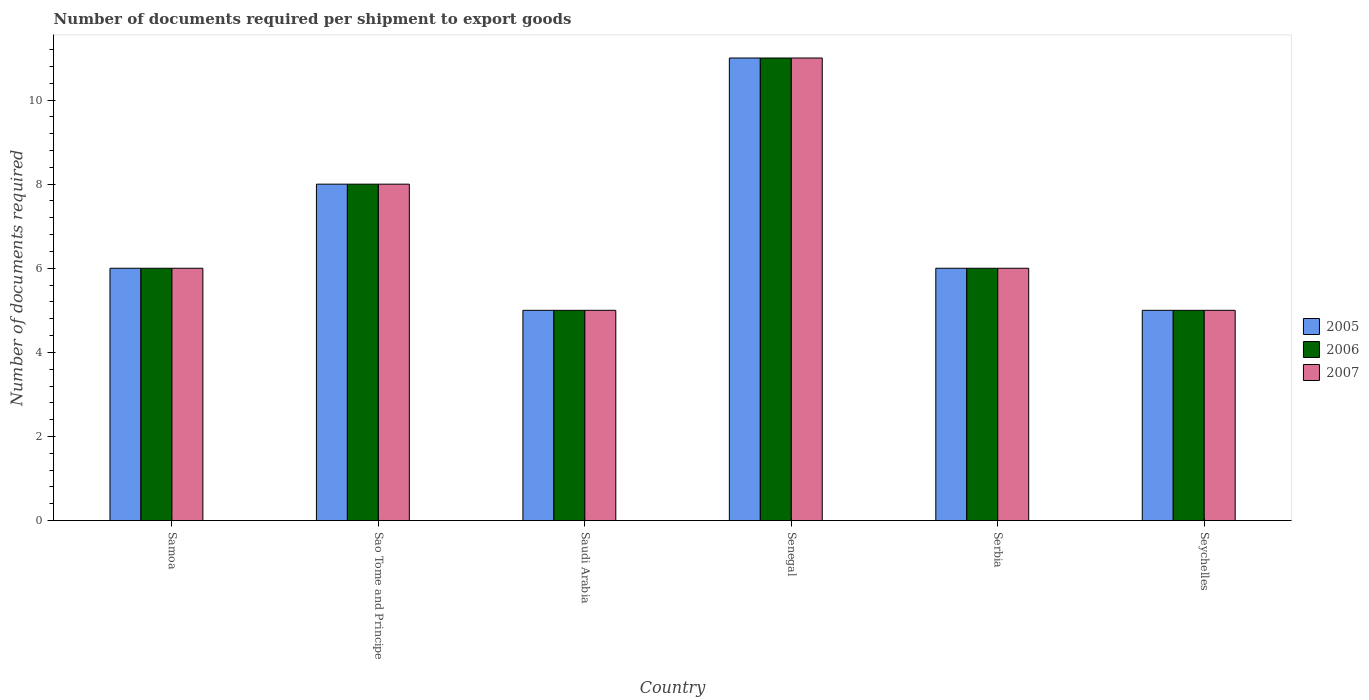
| Country | 2005 | 2006 | 2007 |
 | --- | --- | --- | --- |
 | Samoa | 6 | 6 | 6 |
 | Sao Tome and Principe | 8 | 8 | 8 |
 | Saudi Arabia | 5 | 5 | 5 |
 | Senegal | 11 | 11 | 11 |
 | Serbia | 6 | 6 | 6 |
 | Seychelles | 5 | 5 | 5 |